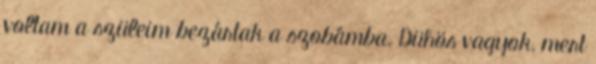
voltam a szüleim bezártak a szobámba. Dühös vagyok, mert